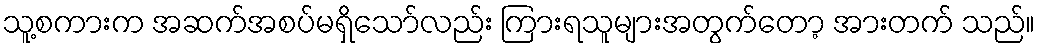
သူ့စကားက အဆက်အစပ်မရှိသော်လည်း ကြားရသူများအတွက်တော့ အားတက် သည်။